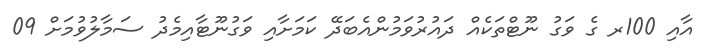
އާއި 100ރ ގެ ވަގު ނޫޓްތަކެއް ދައުރުވަމުންއެބަދޭ ކަމަށާއި ވަގުނޫޓާއިމެދު ސަމާލުވުމަށް 09